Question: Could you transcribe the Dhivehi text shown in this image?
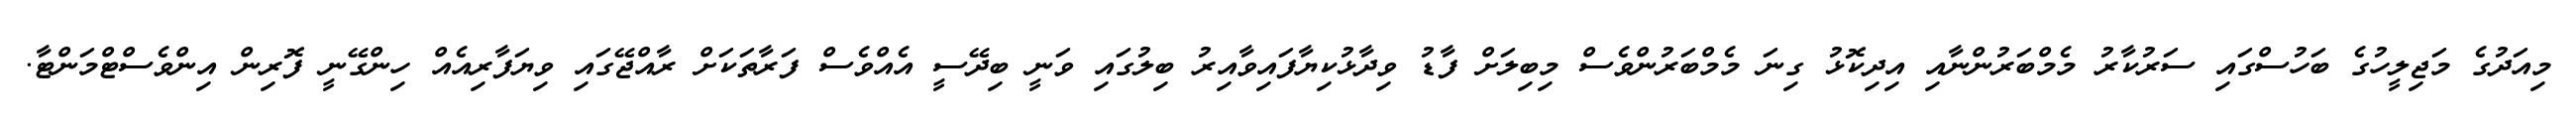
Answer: މިއަދުގެ މަޖިލީހުގެ ބަހުސްގައި ސަރުކާރު މެމްބަރުންނާއި އިދިކޮޅު ގިނަ މެމްބަރުންވެސް މިބިލަށް ފާޑު ވިދާޅުކިޔާފައިވާއިރު ބިލުގައި ވަނީ ބިދޭސީ އެއްވެސް ފަރާތަކަށް ރާއްޖޭގައި ވިޔަފާރިއެއް ހިންގޭނީ ފޮރިން އިންވެސްޓްމަންޓާ.